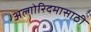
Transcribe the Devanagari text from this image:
अल्गोरिदमासाठी